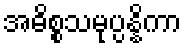
အဓိစ္စသမုပ္ပန္နိကာ